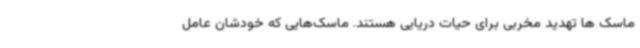
ماسک ها تهدید مخربی برای حیات دریایی هستند. ماسک‌هایی که خودشان عامل